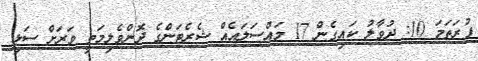
ފުރަތަމަ 10: ދުވާލު ކައިގެން 17 މައްސަލައެއް ޝެރެޓަންގެ ދޮންވެލިމަތީ ވަރަށް ސަޅި